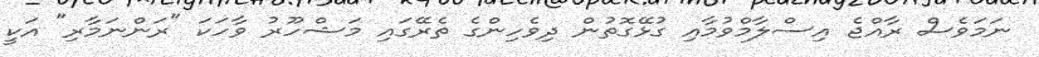
ނަމަވެސް ރާއްޖެ އިސްލާމްވުމާއި ގުޅޭގޮތުން ދިވެހިންގެ ތެރޭގައި މަޝްހޫރު ވާހަކަ "ރަންނަމާރި" އަކީ